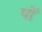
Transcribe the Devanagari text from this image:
षों